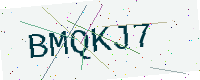
Text: BMQKJ7